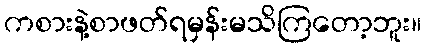
ကစားနဲ့စာဖတ်ရမှန်းမသိကြတော့ဘူး။